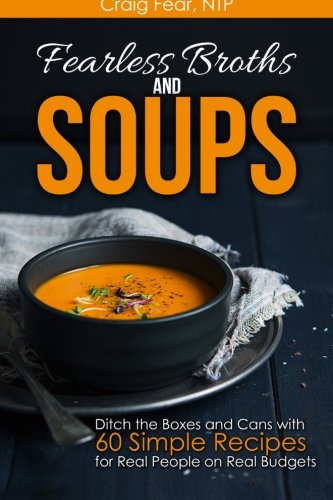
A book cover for Fearless Broths and Soups: Ditch the Boxes and Cans with 60 Simple Recipes for Real People on Real Budgets; Craig Fear NTP; Health, Fitness & Dieting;